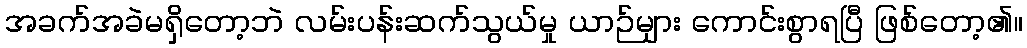
အခက်အခဲမရှိတော့ဘဲ လမ်းပန်းဆက်သွယ်မှု ယာဉ်များ ကောင်းစွာရပြီ ဖြစ်တော့၏။